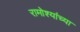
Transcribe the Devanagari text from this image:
रामोश्यांच्या